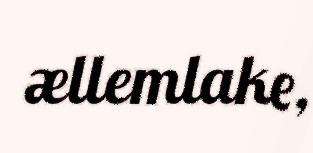
ællemlake,